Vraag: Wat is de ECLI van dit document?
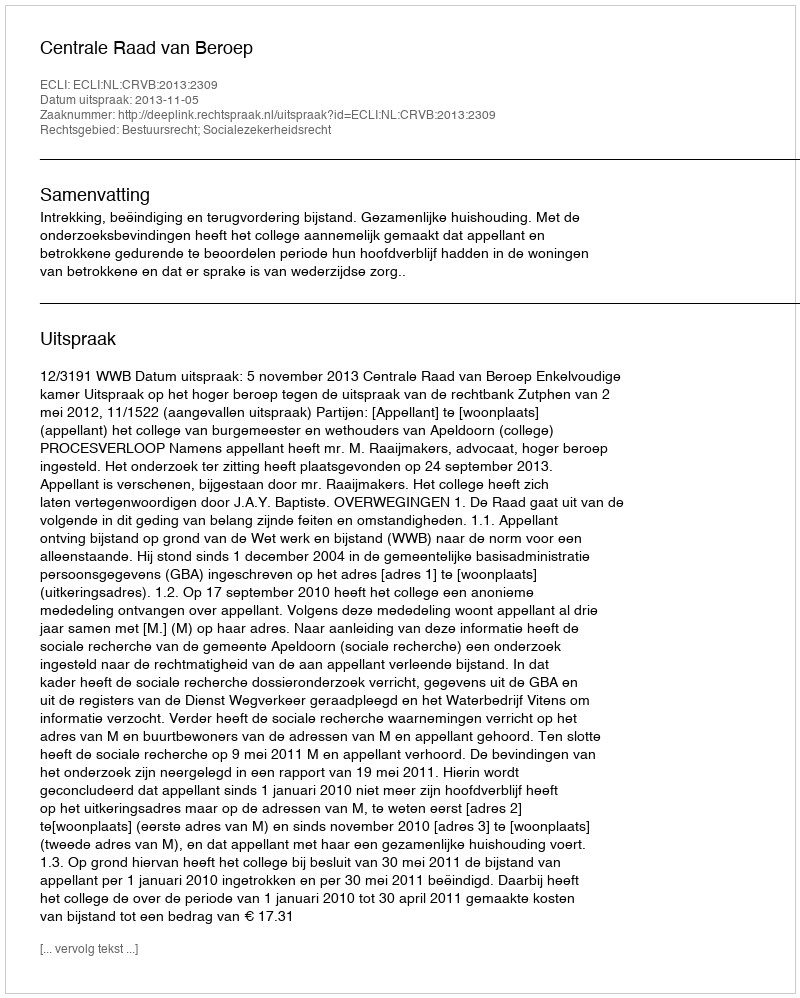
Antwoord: ECLI:NL:CRVB:2013:2309